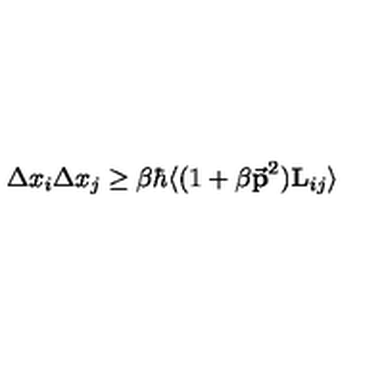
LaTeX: \Delta x _ { i } \Delta x _ { j } \ge \beta \hbar \langle ( 1 + \beta { { \bf \vec { p } } } ^ { 2 } ) { \bf { L } } _ { i j } \rangle